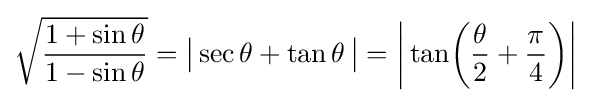
{\sqrt {\dfrac {1+\sin \theta }{1-\sin \theta }}}={\bigl |}\sec \theta +\tan \theta \,{\bigr |}=\left|\,{\tan }{\biggl (}{\frac {\theta }{2}}+{\frac {\pi }{4}}{\biggr )}\right|